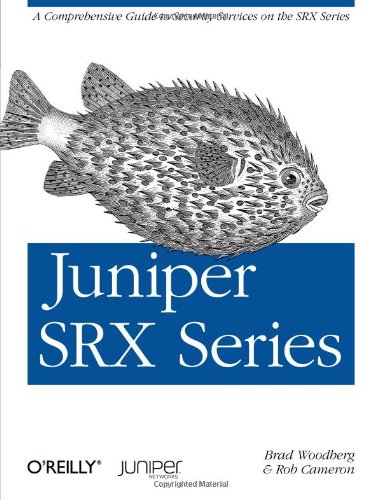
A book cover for Juniper SRX Series; Brad Woodberg; Computers & Technology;